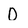
Character: O